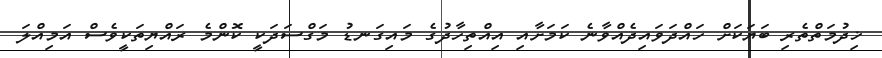
ޚިދުމަތްތެރި ބަޔަކަށް ހައްދަވައިދެއްވާނެ ކަމަށާއި އިއްތިހާދުގެ މައިގަނޑު މަގްސަދަކީ ކޮންމެ ރައްޔިތަކީވެސް އަމިއްލަ